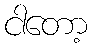
ငါတော့